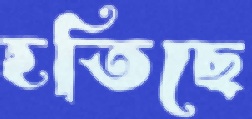
হতিছে